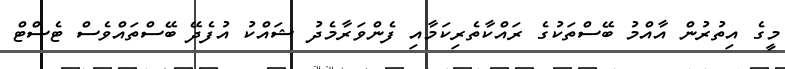
މީގެ އިތުުރުން އާއްމު ބޭސްތަކުގެ ރައްކާތެރިކަމާއި ފެންވަރާމެދު ޝައްކު އުފެދޭ ބޭސްތައްވެސް ޓެސްޓް